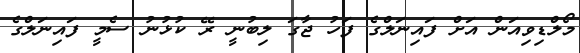
މޯލްޑިވިއަން އަށް ފައިނަލްގެ ފަހު ޖާގަ ލިބުނީ ރޭ ކުޅުނު ސެމީ ފައިނަލްގެ